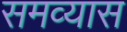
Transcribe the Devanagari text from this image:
समव्यास